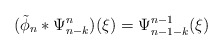
\begin{align*}(\tilde{\phi}_n*\Psi^n_{n-k})(\xi)=\Psi^{n-1}_{n-1-k}(\xi)\end{align*}